Annual report on the lock hospitals of the Madras Presidency
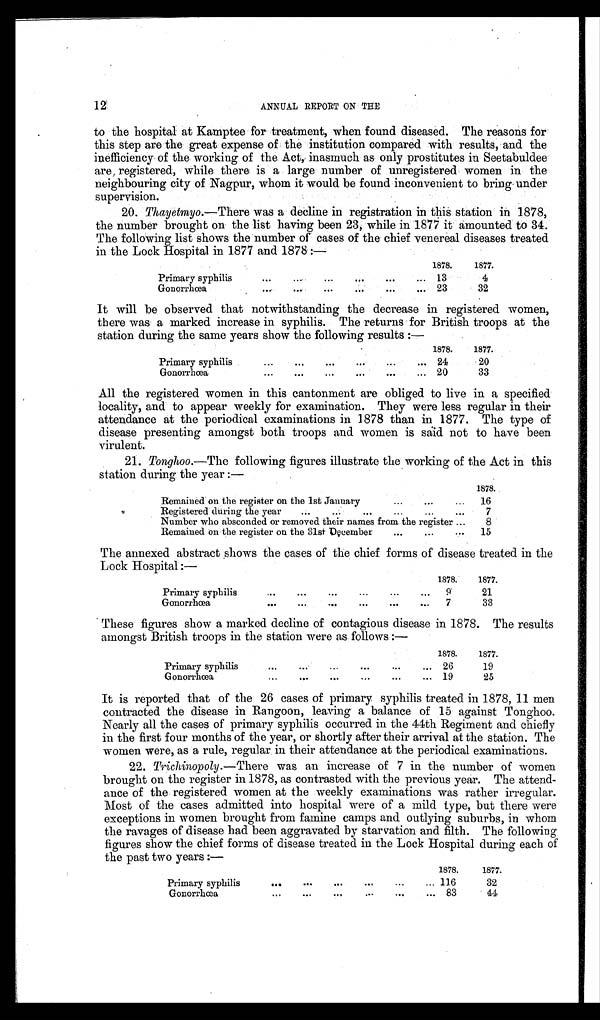
12.
ANNUAL REPORT ON THE
to the hospital at Kamptee for treatment, when found diseased. The reasons for
this step are the great expense of the institution compared with results, and the
inefficiency of the working of the Act, inasmuch as only prostitutes in Seetabuldee
are, registered, while there is a large number of unregistered women in the
neighbouring city of Nagpur, whom it would be found inconvenient to bring under
supervision.
20. Thayetmyo.— There was a decline in registration in this station in 1878,
the number brought on the list having been 23, while in 1877 it amounted to 34.
The following list shows the number of cases of the chief venereal diseases treated
in the Lock Hospital in 1877 and 1878:—
1878.
1877.
Primary syphilis
...
...
...
...
. . .
1 3 4
Gonorrhœa
...
...
...
. . . 23
32
It will be observed that notwithstanding the decrease in registered women,
there was a marked increase in syphilis. The returns for British troops at the
station during the same years show the following results:—
1878.
1877.
Primary syphilis
...
...
...
...
... 24
20
Gonorrhœa
...
...
...
. . .
... 20
33
All the registered women in this cantonment are obliged to live in a specified
locality, and to appear weekly for examination. They were less regular in their
attendance at the periodical examinations in 1878 than in 1877. The type of
disease presenting amongst both troops and women is said not to have been
virulent.
21. Tonghoo.—The following figures illustrate the working of the Act in this
station during the year:—
1878.
Remained on the register on the 1st January
...
...
...
16
Registered during the year
. . .
....
...
7
Number who absconded or removed their names from the register ...
8
Remained on the register on the 31st December
...
...
...
15
The annexed abstract shows the cases of the chief forms of disease treated in the
Lock Hospital:—
1878.
1877.
• • •
Primary syphilis
...
...
...
. . .
. . .
9
21
Gonorrhœa
...
...
. . . •••
••
••
7
33
These figures show a marked decline of contagious disease in 1878. The results
amongst British troops in the station were as follows:—
1878.
1877.
Primary syphilis
...
...
...
...
. . .
... 26
19
G onorrhœa
...
... ... ...
. . .
...
19
25
It is reported that of the 26 cases of primary syphilis treated in 1878, 11 men
contracted the disease in Rangoon, leaving a balance of 15 against Tonghoo.
Nearly all the cases of primary syphilis occurred in the 44th Regiment and chiefly.
in the first four months of the year, or shortly after their arrival at the station. The
women were, as a rule, regular in their attendance at the periodical examinations.
22. Trichinopoly .—There was an increase of 7 in the number of women
brought on the register in 1878, as contrasted with the previous year. The attend-
ance of the registered women at the weekly examinations was rather irregular.
Most of the cases admitted into hospital were of a mild type, but there were
exceptions in women brought from famine camps and outlying suburbs, in whom
the ravages of disease had been aggravated by starvation and filth. The following
figures show the chief forms of disease treated in the Lock Hospital during each of
the past two years:—
1878.
1877.
Primary syphilis
...
...
...
...
...
... 116
32
Gonorrhœa...
...
...
. . .
... 83
44